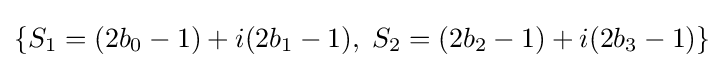
\{S_{1}=(2b_{0}-1)+i(2b_{1}-1),\;S_{2}=(2b_{2}-1)+i(2b_{3}-1)\}